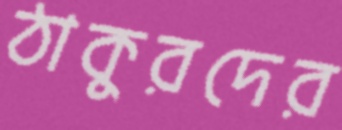
ঠাকুরদের